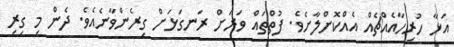
އަޅާ ހުރިހާއެއްޗެއް އެއްކޮށްލާށެވެ. ފުތްތައް ވަރަށް ރަނގަޅަށް ގިރެންވާނެއެވެ. ދެން މި ގިރި